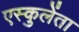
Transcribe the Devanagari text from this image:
एस्कुलेंता